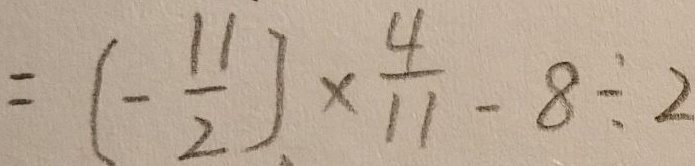
= [ - \frac { 1 1 } { 2 } ] \times \frac { 4 } { 1 1 } - 8 \div 2